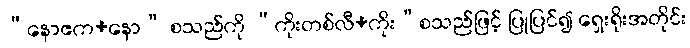
“နောဧက+နော” စသည်ကို “ကိုးတစ်လီ+ကိုး”စသည်ဖြင့် ပြုပြင်၍ ရှေးရိုးအတိုင်း